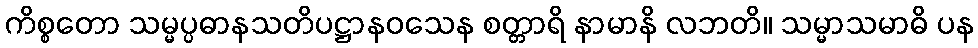
ကိစ္စတော သမ္မပ္ပဓာနသတိပဋ္ဌာနဝသေန စတ္တာရိ နာမာနိ လဘတိ။ သမ္မာသမာဓိ ပန